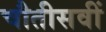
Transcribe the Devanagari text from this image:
चौतीसवीं